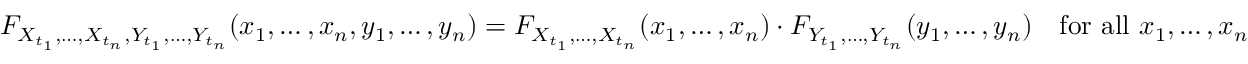
F _ { X _ { t _ { 1 } } , \ldots , X _ { t _ { n } } , Y _ { t _ { 1 } } , \ldots , Y _ { t _ { n } } } ( x _ { 1 } , \ldots , x _ { n } , y _ { 1 } , \ldots , y _ { n } ) = F _ { X _ { t _ { 1 } } , \ldots , X _ { t _ { n } } } ( x _ { 1 } , \ldots , x _ { n } ) \cdot F _ { Y _ { t _ { 1 } } , \ldots , Y _ { t _ { n } } } ( y _ { 1 } , \ldots , y _ { n } ) \quad { \mathrm { f o r ~ a l l ~ } } x _ { 1 } , \ldots , x _ { n }